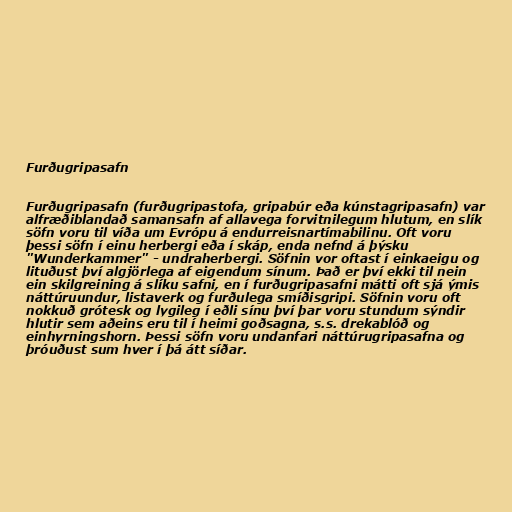
Furðugripasafn

Furðugripasafn (furðugripastofa, gripabúr eða kúnstagripasafn) var
alfræðiblandað samansafn af allavega forvitnilegum hlutum, en slík
söfn voru til víða um Evrópu á endurreisnartímabilinu. Oft voru
þessi söfn í einu herbergi eða í skáp, enda nefnd á þýsku
"Wunderkammer" - undraherbergi. Söfnin vor oftast í einkaeigu og
lituðust því algjörlega af eigendum sínum. Það er því ekki til nein
ein skilgreining á slíku safni, en í furðugripasafni mátti oft sjá ýmis
náttúruundur, listaverk og furðulega smíðisgripi. Söfnin voru oft
nokkuð grótesk og lygileg í eðli sínu því þar voru stundum sýndir
hlutir sem aðeins eru til í heimi goðsagna, s.s. drekablóð og
einhyrningshorn. Þessi söfn voru undanfari náttúrugripasafna og
þróuðust sum hver í þá átt síðar.